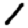
Digit: 1